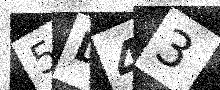
Text: 5D43